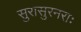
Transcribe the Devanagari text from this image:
सुरासुरनराः